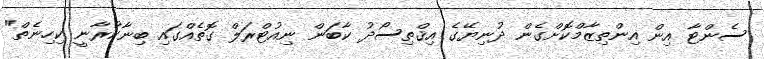
ސެންޓާ އިން އިންތިޒާމްކޮށްގެން ދުނިޔޭގެ އިޤްތިސޯދު ކާބަން ނިއުޓްރަލް ގޮތެއްގައި ބިނާކުރާނީ ކިހިނެތް"